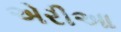
એરીઆ